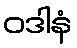
ဝဒါနံ